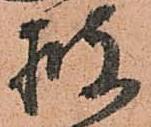
披